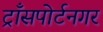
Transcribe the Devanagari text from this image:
ट्राँसपोर्टनगर